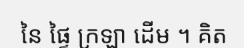
នៃ ផ្ទៃ ក្រឡា ដើម ។ គិត